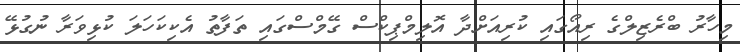
މިހާރު ބްރެޒިލްގެ ރިއޯގައި ކުރިއަށްދާ އޮލިމްޕިކްސް ގޭމްސްގައި ތަފާތު އެކިކަހަލަ ކުޅިވަރާ ނުގުޅޭ